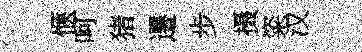
愜呵猪遷步摄粢汉